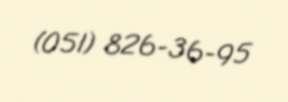
(051) 826-36-95